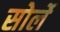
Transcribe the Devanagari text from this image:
सोर्ले